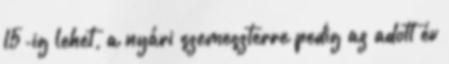
15-ig lehet, a nyári szemeszterre pedig az adott év